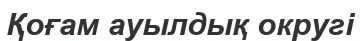
Қоғам ауылдық округі